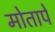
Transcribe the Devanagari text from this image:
मोतापे